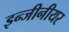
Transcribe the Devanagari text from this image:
इन्जीनीयर